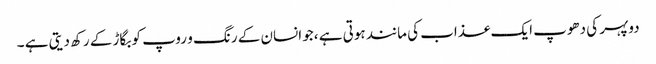
دوپہر کی دھوپ ایک عذاب کی مانند ہوتی ہے ،جو انسان کے رنگ و روپ کو بگاڑ کے رکھ دیتی ہے ۔